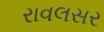
રાવલસર